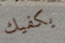
يكفيك